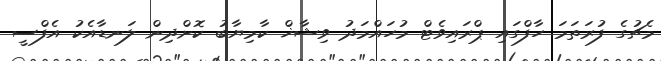
މެޗުގެ ފުރަތަމަ ހާފްގައި ޕްރައިވެޓް މުހައްމަދު ވިޝާޚް ކާމިޔާބު ކޮށްދިން ލަނޑާއެކު އެފްސީ